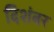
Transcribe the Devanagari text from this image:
दिशंबर